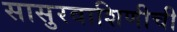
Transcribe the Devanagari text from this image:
सासुरवाशिणीची